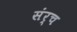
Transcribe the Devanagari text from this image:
संर्च